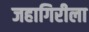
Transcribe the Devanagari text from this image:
जहागिरीला